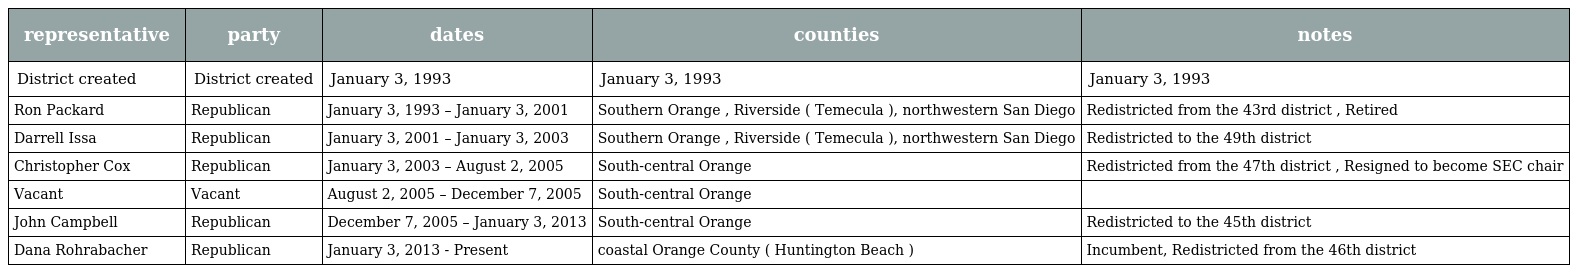
| representative | party | dates | counties | notes |
 | --- | --- | --- | --- | --- |
 | District created | District created | January 3, 1993 | January 3, 1993 | January 3, 1993 |
 | Ron Packard | Republican | January 3, 1993 – January 3, 2001 | Southern Orange , Riverside ( Temecula ), northwestern San Diego | Redistricted from the 43rd district , Retired |
 | Darrell Issa | Republican | January 3, 2001 – January 3, 2003 | Southern Orange , Riverside ( Temecula ), northwestern San Diego | Redistricted to the 49th district |
 | Christopher Cox | Republican | January 3, 2003 – August 2, 2005 | South-central Orange | Redistricted from the 47th district , Resigned to become SEC chair |
 | Vacant | Vacant | August 2, 2005 – December 7, 2005 | South-central Orange |  |
 | John Campbell | Republican | December 7, 2005 – January 3, 2013 | South-central Orange | Redistricted to the 45th district |
 | Dana Rohrabacher | Republican | January 3, 2013 - Present | coastal Orange County ( Huntington Beach ) | Incumbent, Redistricted from the 46th district |